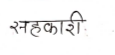
मजकूर: सहकारी